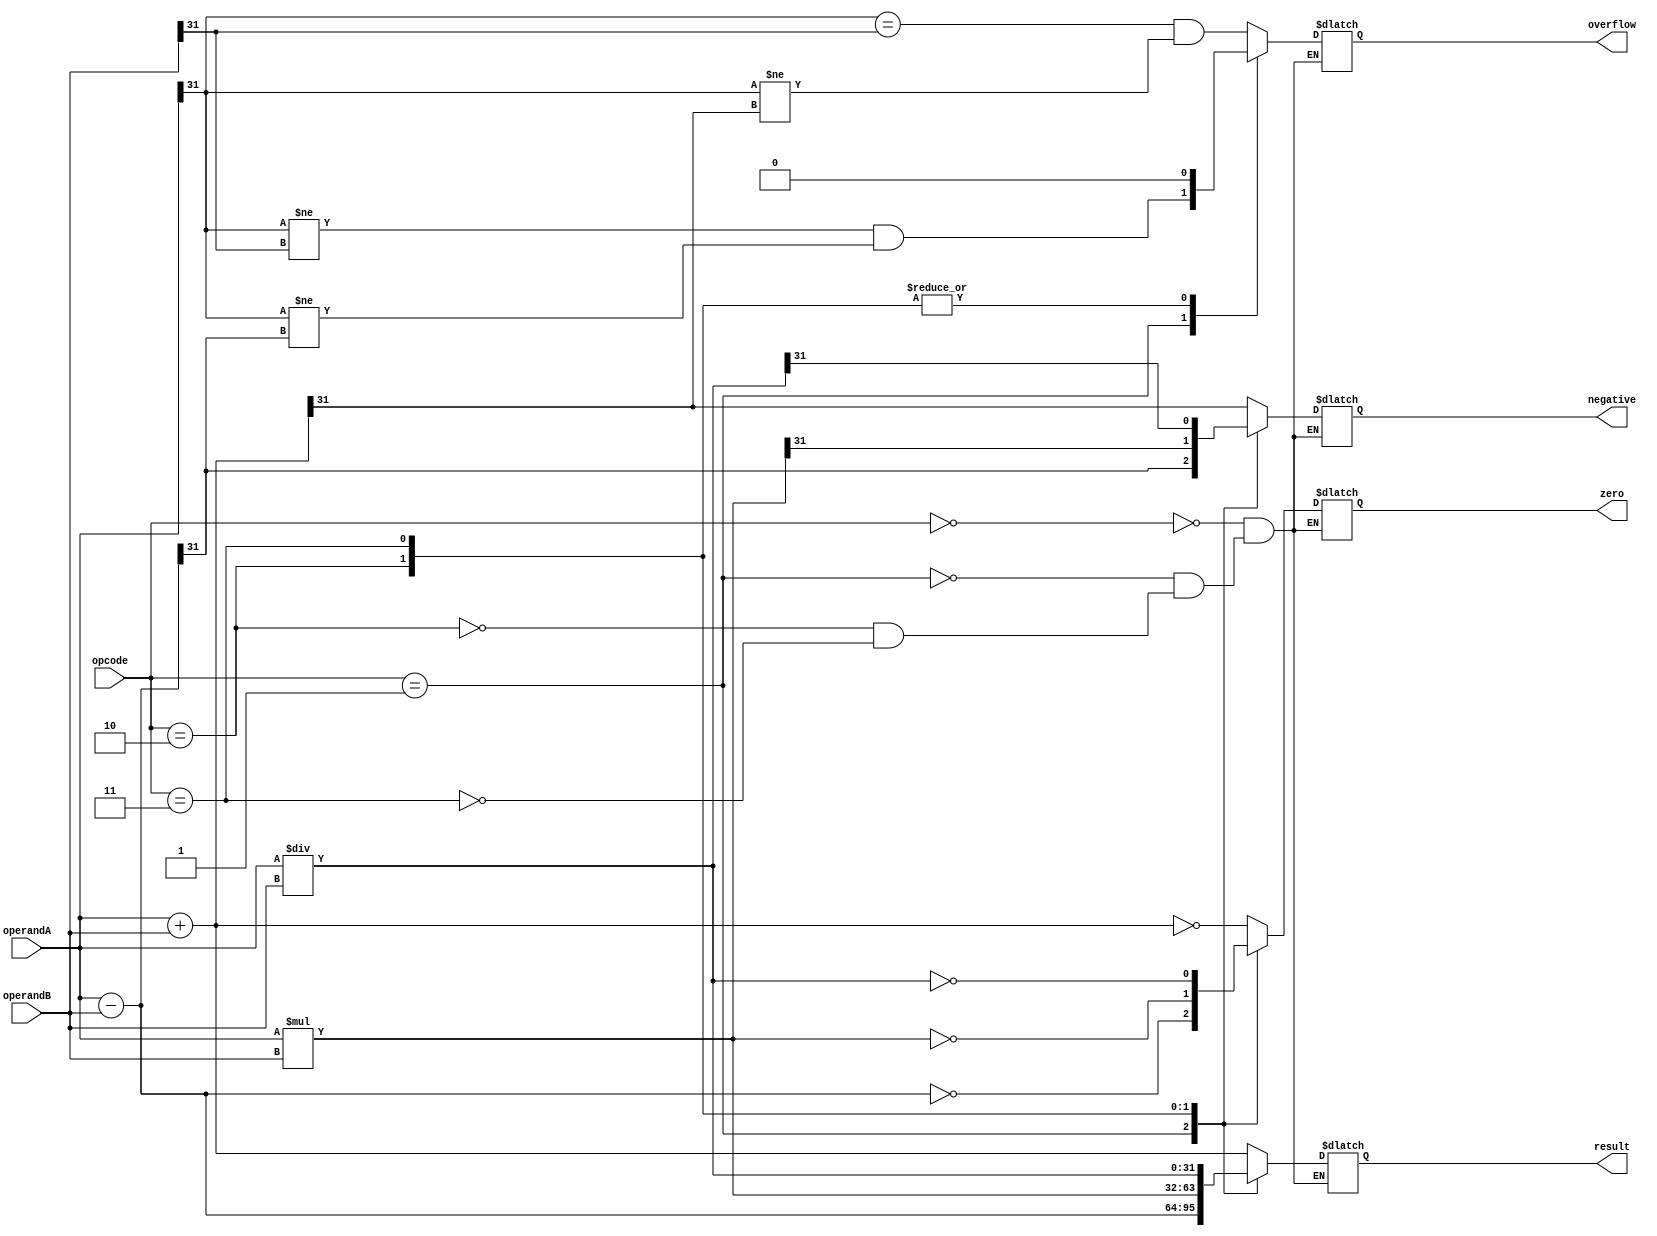
module ALU (
    input [31:0] operandA,
    input [31:0] operandB,
    input [2:0] opcode,
    output reg [31:0] result,
    output reg zero,
    output reg negative,
    output reg overflow
);

always @(*) begin
    case(opcode)
        3'b000: // Addition
            begin
                result = operandA + operandB;
                zero = (result == 0);
                negative = (result[31] == 1);
                overflow = ((operandA[31] == operandB[31]) && (operandA[31] != result[31]));
            end
        3'b001: // Subtraction
            begin
                result = operandA - operandB;
                zero = (result == 0);
                negative = (result[31] == 1);
                overflow = ((operandA[31] != operandB[31]) && (operandA[31] != result[31]));
            end
        3'b010: // Multiplication
            begin
                result = operandA * operandB;
                zero = (result == 0);
                negative = (result[31] == 1);
                overflow = 0; // No overflow in multiplication
            end
        3'b011: // Division
            begin
                result = operandA / operandB;
                zero = (result == 0);
                negative = (result[31] == 1);
                overflow = 0; // No overflow in division
            end
    endcase
end

endmodule